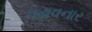
પઢાવનાર